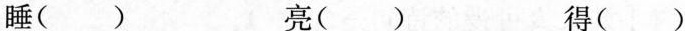
睡() 亮() 得()